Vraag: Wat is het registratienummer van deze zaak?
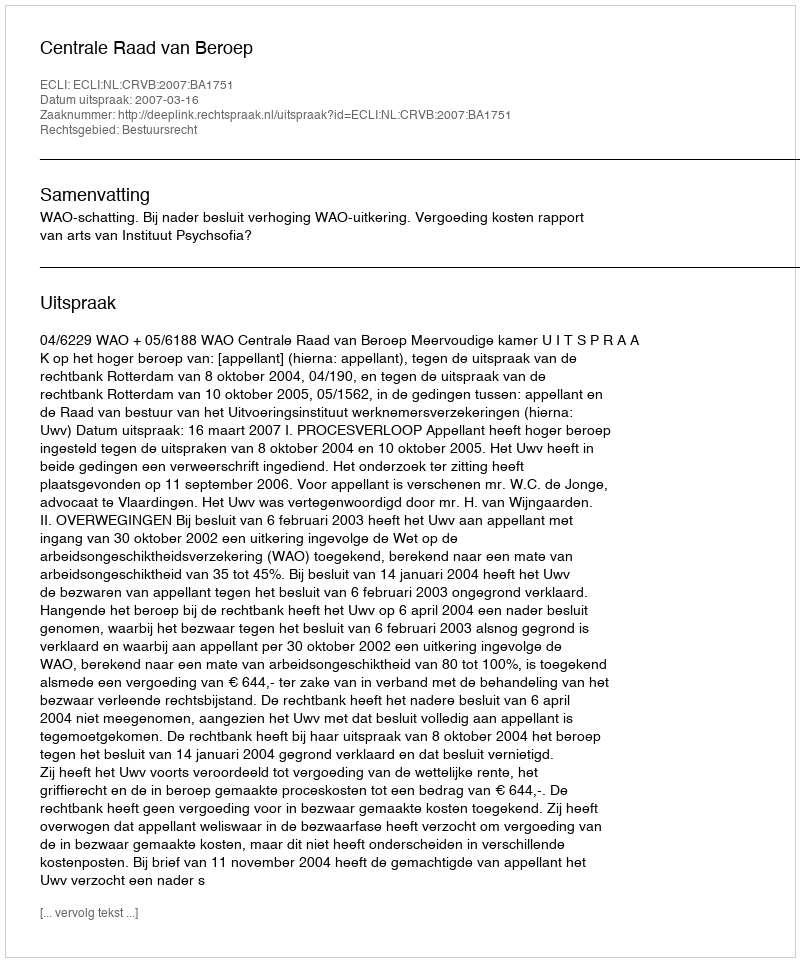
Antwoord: http://deeplink.rechtspraak.nl/uitspraak?id=ECLI:NL:CRVB:2007:BA1751